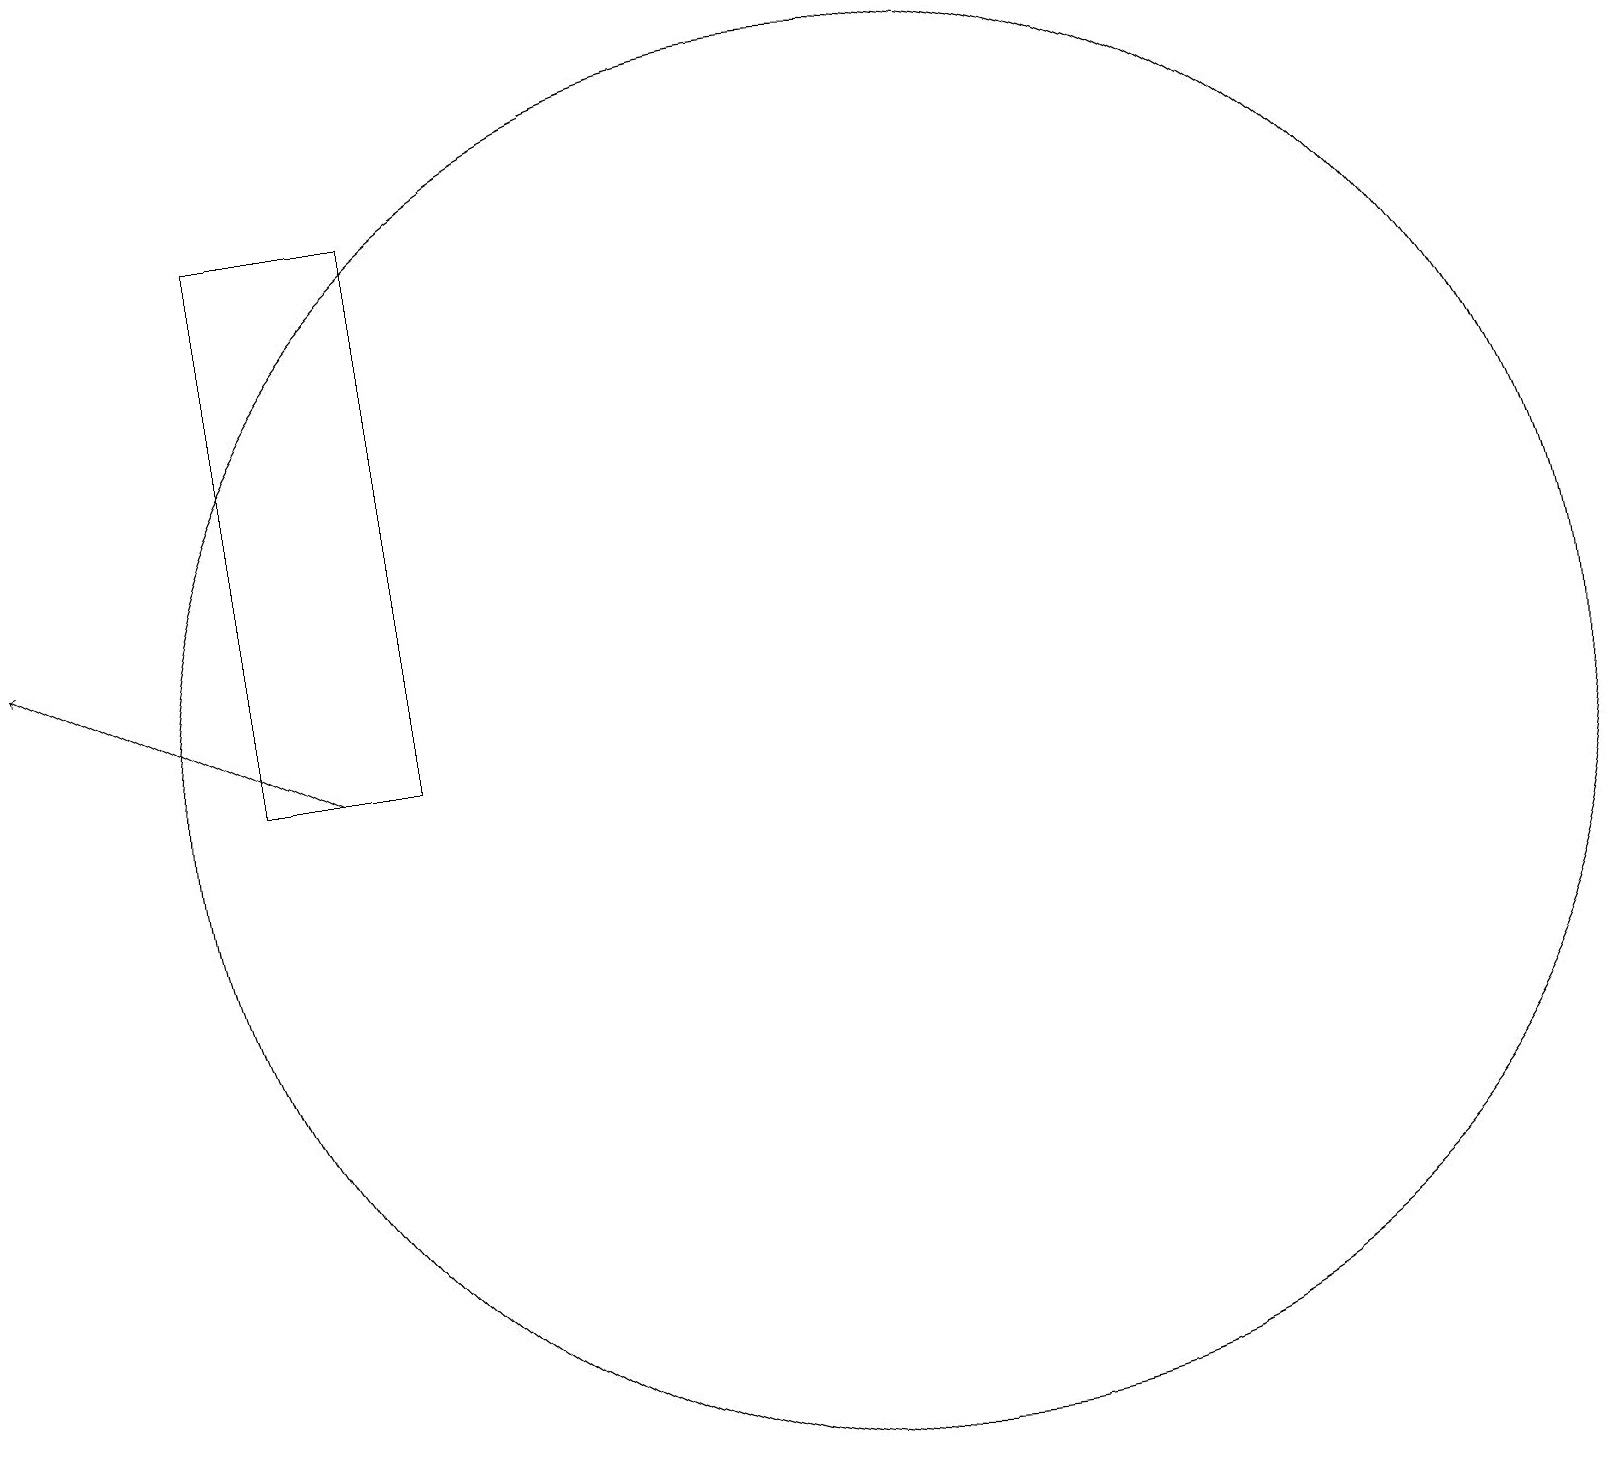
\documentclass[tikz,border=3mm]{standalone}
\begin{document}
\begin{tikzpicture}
\draw (12,10) circle (9);
\draw (4,17) rectangle (6,10);
\draw[->] (5,10) -- (1,12);
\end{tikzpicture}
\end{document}